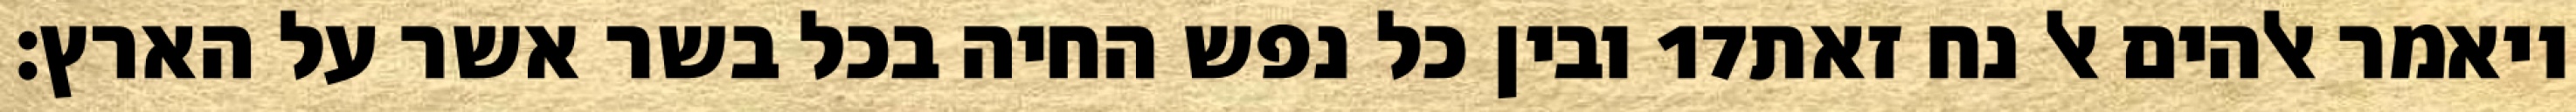
ובין כל נפש החיה בכל בשר אשר על הארץ׃ ‎17‏ ויאמר אלהים אל נח זאת